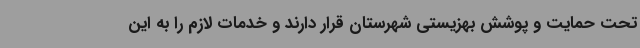
تحت حمایت و پوشش بهزیستی شهرستان قرار دارند و خدمات لازم را به این